Civil Veterinary Department. Madras. Admin. report 1926-33 - 1926-1933
Year: 1926
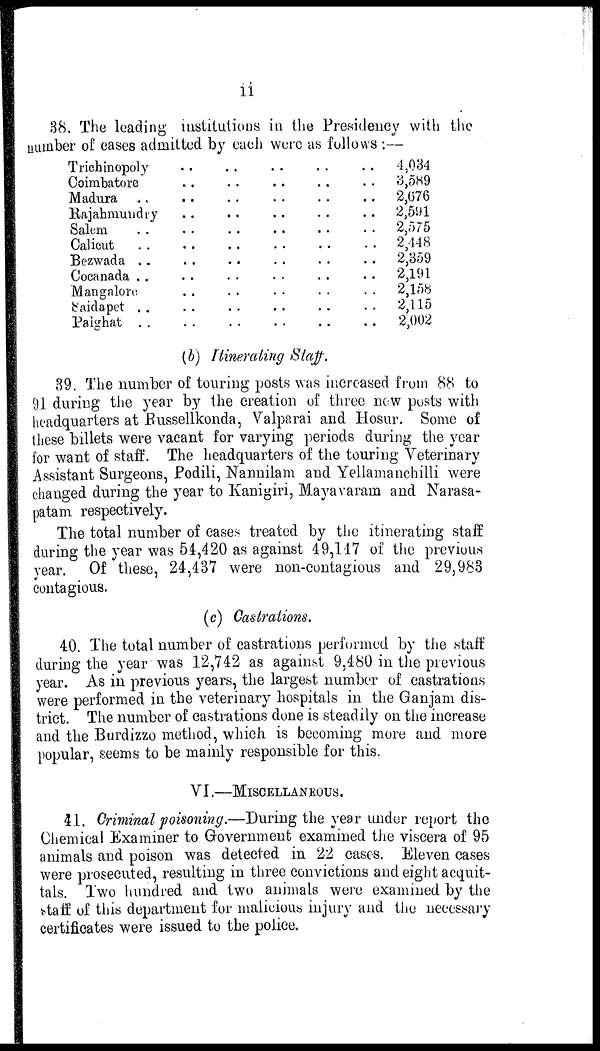
11
38. The loading institutions in the Presidency with the
number of eases admitted by each were as follows:—
Trichinopoly
Coimbatore
Madura ..
Rajahmundry
Salem ..
Calicut ..
Bezwada ..
Cocanada ..
Mangalore
Saidapet ..
Palghat
..
..
..
..
..
..
..
..
..
..
..
..
..
..
..
..
..
..
..
..
..
..
..
..
..
..
..
..
..
..
..
..
..
..
..
..
..
..
..
..
..
..
..
..
..
..
..
..
..
..
..
..
..
..
..
..
4,034
3,589
2,676
2,591
2,575
2,448
2,359
2,191
2,158
2,115
2,002
(b) Itinerating Staff.
39. The number of touring posts was increased from 88 to
91 during the year by the creation of three now posts with
headquarters at Russellkonda, Valparai and Hosur. Some of
these billets were vacant for varying periods during the year
for want of staff. The headquarters of the touring Veterinary
Assistant Surgeons, Podili, Nannilam and Yellamanchilli were
changed during the year to Kanigiri, Mayavaram and Narasa-
patam respectively.
The total number of cases treated by the itinerating staff
during the year was 54,420 as against 49,117 of the previous
year. Of these, 24,437 were non-contagious and 29,983
contagious.
(c) Castrations.
40. The total number of castrations performed by the staff
during the year was 12,742 as against 9,480 in the previous
year. As in previous years, the largest number of castrations
were performed in the veterinary hospitals in the Ganjam dis-
trict. The number of castrations done is steadily on the increase
and the Burdizzo method, which is becoming more and more
popular, seems to be mainly responsible for this.
VI.—MISCELLANEOUS.
41. Criminal poisoning.—During the year under report the
Chemical Examiner to Government examined the viscera of 95
animals and poison was detected in 22 cases. Eleven cases
were prosecuted, resulting in three convictions and eight acquit-
tals. Two hundred and two animals were examined by the
Staff of this department for malicious injury and the necessary
certificates were issued to the police.